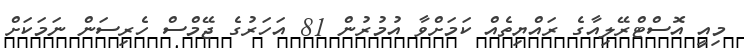
މިއީ އޮސްޓްރޭލިއާގެ ރައްޔިތެއް ކަމަށްވާ އުމުރުން 81 އަހަރުގެ ޖޭމްސް ހެރިސަން ނަމަކަށް